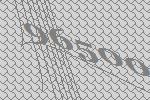
96500